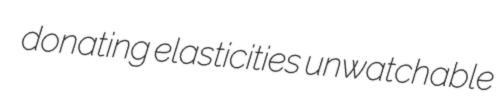
donating elasticities unwatchable